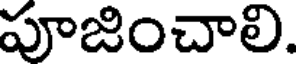
పూజించాలి.